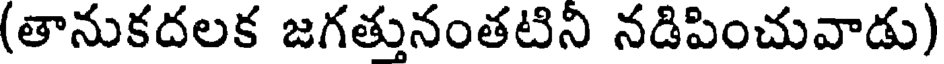
(తానుకదలక జగత్తునంతటిని నడిపించువాడు)